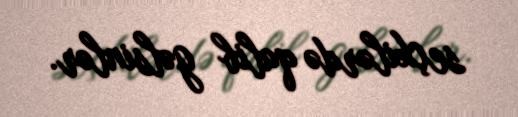
seçkilərdə qalib gəlsinlər.